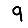
Digit: 9